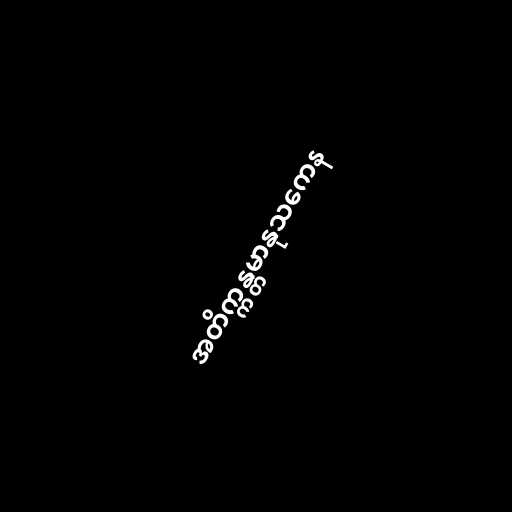
အတိက္ကန္တမာနုသကေန